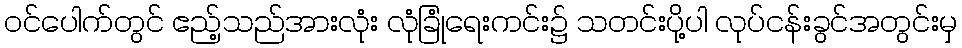
၀င်ပေါက်တွင် ဧည့်သည်အားလုံး လုံခြုံရေးကင်း၌ သတင်းပို့ပါ လုပ်ငန်းခွင်အတွင်းမှ